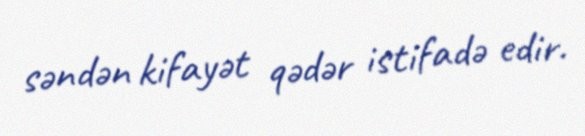
səndən kifayət qədər istifadə edir.